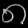
Digit: ၈